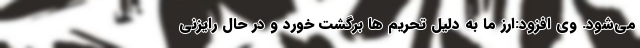
می‌شود. وی افزود:ارز ما به دلیل تحریم ها برگشت خورد و در حال رایزنی